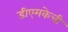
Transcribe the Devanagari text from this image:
डीएमकेची